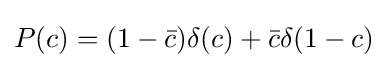
P(c)=(1-{\bar {c}})\delta (c)+{\bar {c}}\delta (1-c)